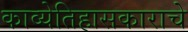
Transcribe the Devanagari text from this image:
काव्येतिहासकाराचे